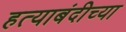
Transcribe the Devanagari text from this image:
हत्याबंदीच्या